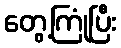
တွေ့ကြုံပြီး